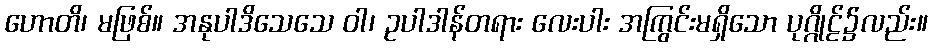
ဟောတိ၊ မဖြစ်။ အနုပါဒိသေသေ ဝါ၊ ဥပါဒါန်တရား လေးပါး အကြွင်းမရှိသော ပုဂ္ဂိုဠ်၌လည်း။